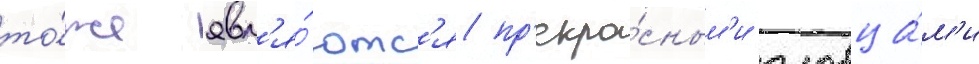
то́же явл'я́ютс'я пр'екра́сным'и пловца́м'и